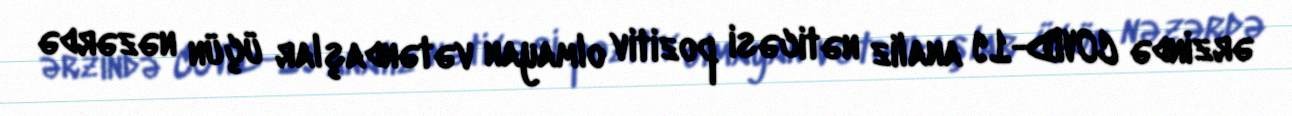
ərzində COVID-19 analiz nəticəsi pozitiv olmayan vətəndaşlar üçün nəzərdə